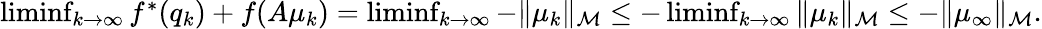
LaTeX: \begin{array}{r}{\operatorname*{liminf}_{k\to\infty}f^{*}(q_{k})+f(A\mu_{k})=\operatorname*{liminf}_{k\to\infty}-\Vert\mu_{k}\Vert_{\mathcal{M}}\leq-\operatorname*{liminf}_{k\to\infty}\Vert\mu_{k}\Vert_{\mathcal{M}}\leq-\Vert\mu_{\infty}\Vert_{\mathcal{M}}.}\end{array}